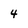
Character: 4